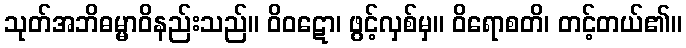
သုတ်အဘိဓမ္မာဝိနည်းသည်။ ဝိဝဋော၊ ဖွင့်လှစ်မှ။ ဝိရောစတိ၊ တင့်တယ်၏။